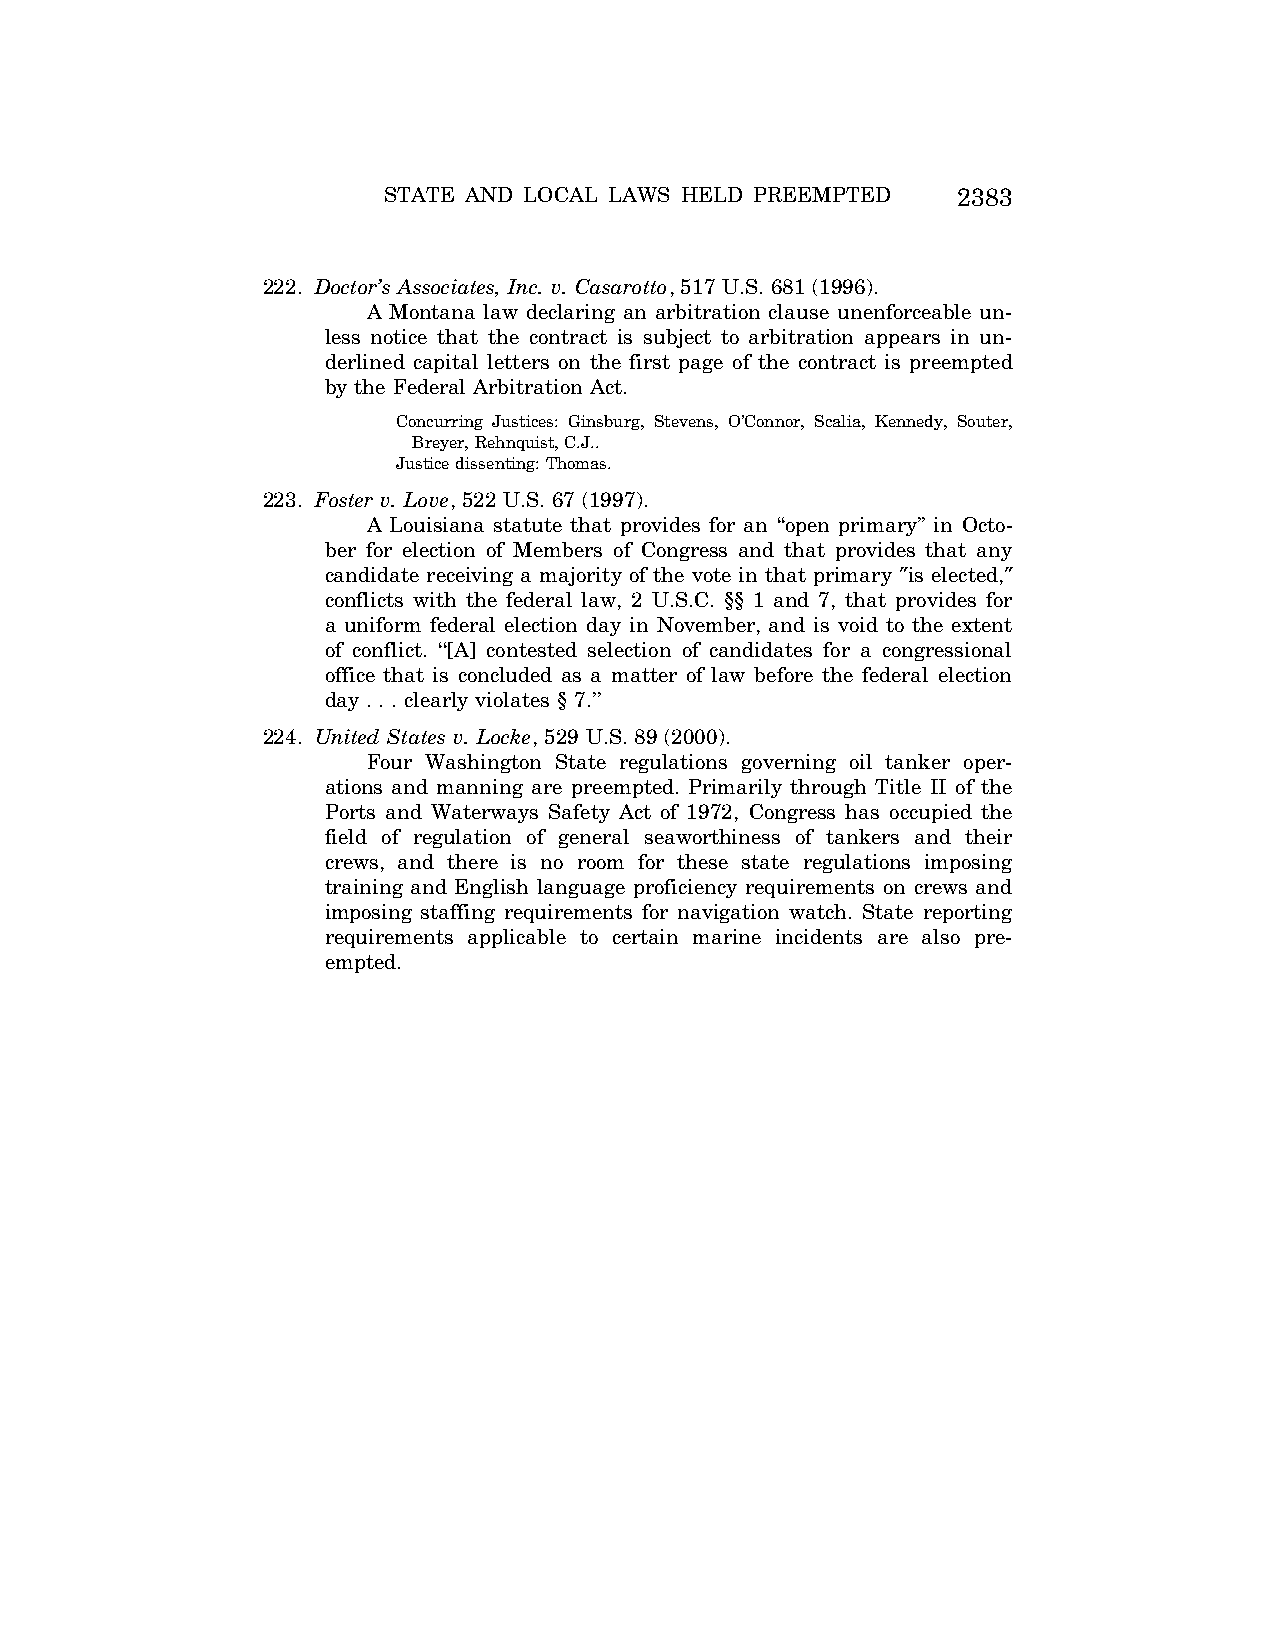
STATE AND LOCAL LAWS HELD PREEMPTED   2383
 222. Doctor’s Associates, Inc. v. Casarotto, 517 U.S. 681 (1996).
 A Montana law declaring an arbitration clause unenforceable un-
 less notice that the contract is subject to arbitration appears in un-
 derlined capital letters on the first page of the contract is preempted
 by the Federal Arbitration Act.
 Concurring Justices: Ginsburg, Stevens, O’Connor, Scalia, Kennedy, Souter,
 Breyer, Rehnquist, C.J..
 Justice dissenting: Thomas.
 223. Foster v. Love, 522 U.S. 67 (1997).
 A Louisiana statute that provides for an ‘‘open primary’’ in Octo-
 ber for election of Members of Congress and that provides that any
 candidate receiving a majority of the vote in that primary ″is elected,″
 conflicts with the federal law, 2 U.S.C. §§ 1 and 7, that provides for
 a uniform federal election day in November, and is void to the extent
 of conflict. ‘‘[A] contested selection of candidates for a congressional
 office that is concluded as a matter of law before the federal election
 day . . . clearly violates § 7.’’
 224. United States v. Locke, 529 U.S. 89 (2000).
 Four Washington State regulations governing oil tanker oper-
 ations and manning are preempted. Primarily through Title II of the
 Ports and Waterways Safety Act of 1972, Congress has occupied the
 field of regulation of general seaworthiness of tankers and their
 crews, and there is no room for these state regulations imposing
 training and English language proficiency requirements on crews and
 imposing staffing requirements for navigation watch. State reporting
 requirements applicable to certain marine incidents are also pre-
 empted.
 VerDate Aug<04>2004 12:59 Aug 23, 2004 Jkt 077500 PO 00000 Frm 00037 Fmt 8222 Sfmt 8222 C:\CONAN\CON066.SGM PRFM99 PsN: CON066